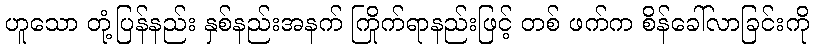
ဟူသော တုံ့ပြန်နည်း နှစ်နည်းအနက် ကြိုက်ရာနည်းဖြင့် တစ် ဖက်က စိန်ခေါ်လာခြင်းကို